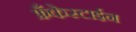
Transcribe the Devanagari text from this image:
फ्रँकेस्टाईन